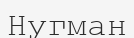
Нугман